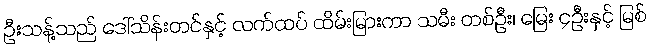
ဦးသန့်သည် ဒေါ်သိန်းတင်နှင့် လက်ထပ် ထိမ်းမြားကာ သမီး တစ်ဦး၊ မြေး ၄ဦးနှင့် မြစ်